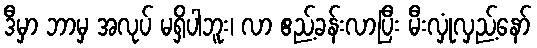
ဒီမှာ ဘာမှ အလုပ် မရှိပါဘူး၊ လာ ဧည့်ခန်းလာပြီး မီးလှုံလှည့်နော်